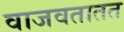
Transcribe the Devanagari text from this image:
वाजवतातत